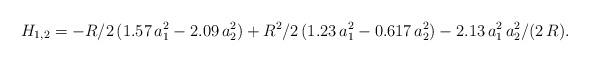
LaTeX: \begin{align*}H_{1,2}=-R/2\,(1.57\,a_1^2-2.09\,a_2^2)+ R^2/2\,(1.23\,a_1^2-0.617\,a_2^2)-2.13\,a_1^2\,a_2^2/(2\,R).\end{align*}